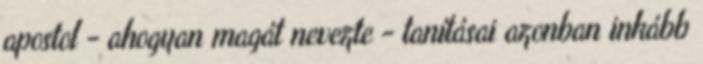
apostol - ahogyan magát nevezte - tanításai azonban inkább